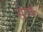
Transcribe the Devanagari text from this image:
सेप्प